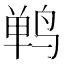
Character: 𫛴